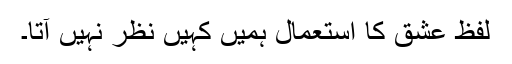
لفظ عشق کا استعمال ہمیں کہیں نظر نہیں آتا۔